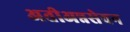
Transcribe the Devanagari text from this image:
अतीअन्नसेवन